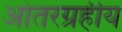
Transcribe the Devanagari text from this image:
आंतरग्रहीय